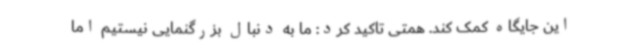
این جایگاه کمک کند. همتی تاکید کرد: ما به دنبال بزرگنمایی نیستیم اما